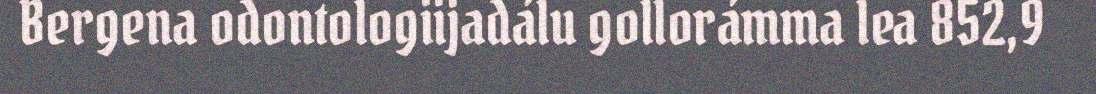
Bergena odontologiijadálu gollorámma lea 852,9